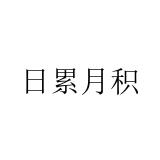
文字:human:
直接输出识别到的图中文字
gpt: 日累月积